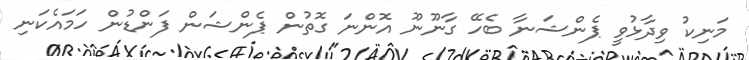
މަނިކު ވިދާޅުވީ ޕެންޝަނާ ބެހޭ ގާނޫނޫ އޮންނަ ގޮތުން ޕެންޝަން ފަންޑުން ހަމައެކަނި